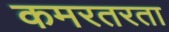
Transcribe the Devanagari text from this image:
कमरतरता